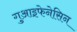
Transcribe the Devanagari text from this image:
गुआइफेनेसिन